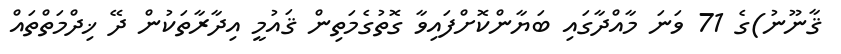
ޤާނޫނު)ގެ 71 ވަނަ މާއްދާގައި ބަޔާންކޮށްފައިވާ ގޮތުގެމަތިން ޤައުމީ އިދާރާތަކުން ދޭ ޚިދްމަތްތައް